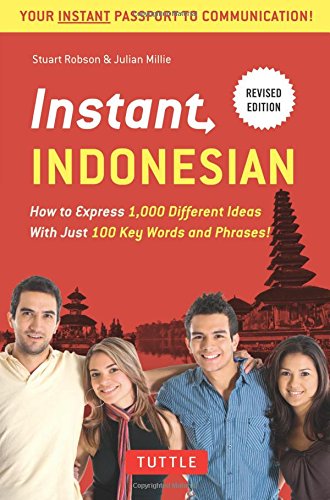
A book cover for Instant Indonesian: How to Express 1,000 Different Ideas with Just 100 Key Words and Phrases! (Indonesian Phrasebook) (Instant Phrasebook Series); Stuart Robson Dr.; Travel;